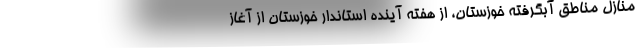
منازل مناطق آبگرفته خوزستان، از هفته آینده استاندار خوزستان از آغاز